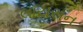
લાયસન